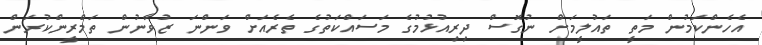
އެހެންކަމުން މަތީ ތައުލީމަށް ނުގޮސް ދިރިއުޅުމުގެ މަސައްކަތުގެ ތެރެއަށް ވަންނަ ޒުވާނުން ތަމްރީންކުރަން